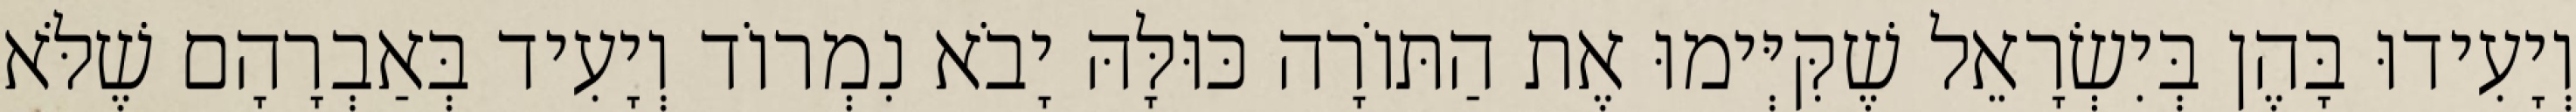
וְיָעִידוּ בָּהֶן בְּיִשְׂרָאֵל שֶׁקִּיְּימוּ אֶת הַתּוֹרָה כּוּלָּהּ יָבֹא נִמְרוֹד וְיָעִיד בְּאַבְרָהָם שֶׁלֹּא